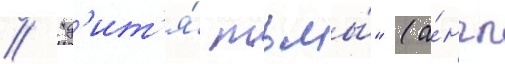
// "д'ит'я́ тьмы́" (а́нгл